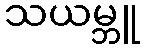
သယမ္ဘူ